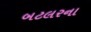
બટલરના